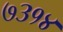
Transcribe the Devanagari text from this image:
७३१४